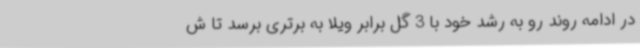
در ادامه روند رو به رشد خود با 3 گل برابر ویلا به برتری برسد تا ش